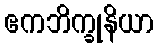
ဧကဘိက္ခုနိယာ